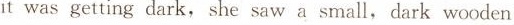
it was getting dark,she saw a smalldark wooden